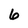
Character: 6